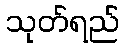
သုတ်ရည်